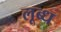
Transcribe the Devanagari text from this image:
लूब्ध